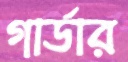
গার্ডার